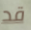
قد